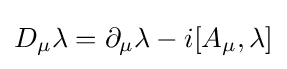
D_{\mu }\lambda =\partial _{\mu }\lambda -i[A_{\mu },\lambda ]